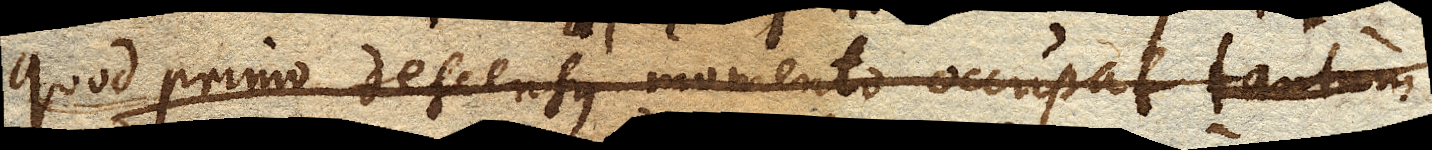
quod primo descensus momento occupat tantum